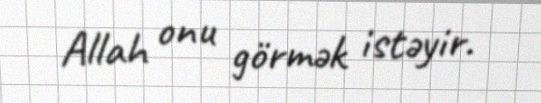
Allah onu görmək istəyir.